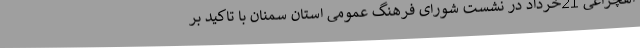
اهچراغی 21خرداد در نشست شورای فرهنگ عمومی استان سمنان با تاکید بر